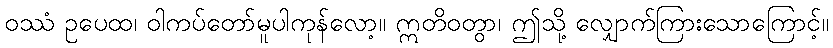
ဝဿံ ဥပေထ၊ ဝါကပ်တော်မူပါကုန်လော့။ ဣတိဝတွာ၊ ဤသို့ လျှောက်ကြားသောကြောင့်။